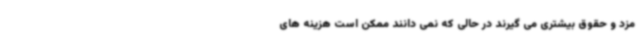
مزد و حقوق بیشتری می گیرند در حالی که نمی دانند ممکن است هزینه های